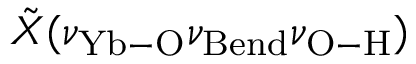
\tilde { X } ( \nu _ { \mathrm { Y b - O } } \nu _ { \mathrm { B e n d } } \nu _ { \mathrm { O - H } } )